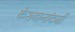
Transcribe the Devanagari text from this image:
केशवानांदजी